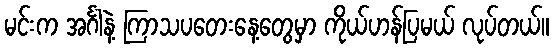
မင်းက အင်္ဂါနဲ့ ကြာသပတေးနေ့တွေမှာ ကိုယ်ဟန်ပြမယ် လုပ်တယ်။